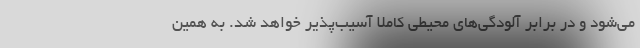
می‌شود و در برابر آلودگی‌های محیطی کاملا آسیب‌پذیر خواهد شد. به همین